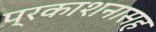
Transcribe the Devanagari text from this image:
प्रकाशनासह